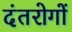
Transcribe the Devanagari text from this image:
दंतरोगों